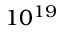
1 0 ^ { 1 9 }